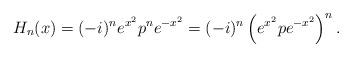
LaTeX: \begin{align*}H_{n}(x)=(-i)^{n}e^{x^{2}}p^{n}e^{-x^{2}}=(-i)^{n}\left(e^{x^{2}}pe^{-x^{2}}\right) ^{n}.\end{align*}